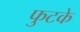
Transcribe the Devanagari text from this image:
फुटके